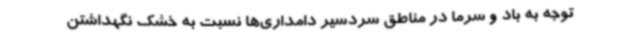
توجه به باد و سرما در مناطق سردسیر دامداری‌ها نسبت به خشک نگهداشتن